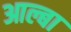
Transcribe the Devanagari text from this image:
आल्बा